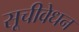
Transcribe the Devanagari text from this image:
सूचीवेधन